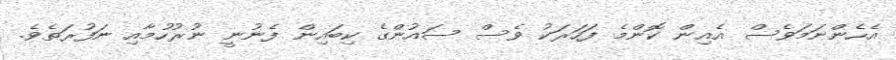
އެހެންނަމަވެސް އެއިން ކޮންމެ ފަހަރަކު ވެސް ސައުންގެ ކިބައިން ފެނުނީ ނުރުހުމާއި ނަފުރަތެވެ.